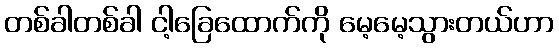
တစ်ခါတစ်ခါ ငါ့ခြေထောက်ကို မေ့မေ့သွားတယ်ဟာ